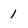
Character: 1